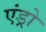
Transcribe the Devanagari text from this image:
एंड्रो